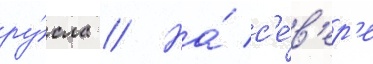
ру́сла // На́ с'е́в'ер'е